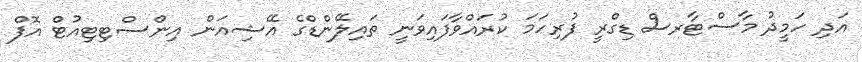
އަދި ހަމީދު މާސްޓާރސް ޑިގްރީ ފުރިހަމަ ކުރައްވާފައިވަނީ ތައިލޭންޑްގެ އޭޝިއަން އިންސްޓިޓިއުޓް އޮފް